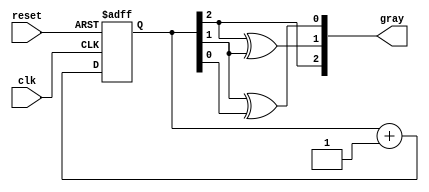
module GrayCodeAsyncCounter (
    input wire clk,         // Clock signal for triggering flip-flops
    input wire reset,       // Asynchronous reset signal
    output reg [2:0] gray   // 3-bit Gray code output
);
    
    // Internal signals representing the binary count
    reg [2:0] binary_count;

    // Asynchronous reset logic
    always @(posedge clk or posedge reset) begin
        if (reset) begin
            binary_count <= 3'b000; // Reset binary count to 0
        end else begin
            // Binary count increments on the clock edge
            binary_count <= binary_count + 1;
        end
    end

    // Convert binary count to Gray code
    always @(binary_count) begin
        gray[2] = binary_count[2];              // MSB remains the same
        gray[1] = binary_count[2] ^ binary_count[1]; // XOR for next bit
        gray[0] = binary_count[1] ^ binary_count[0]; // XOR for LSB
    end

endmodule